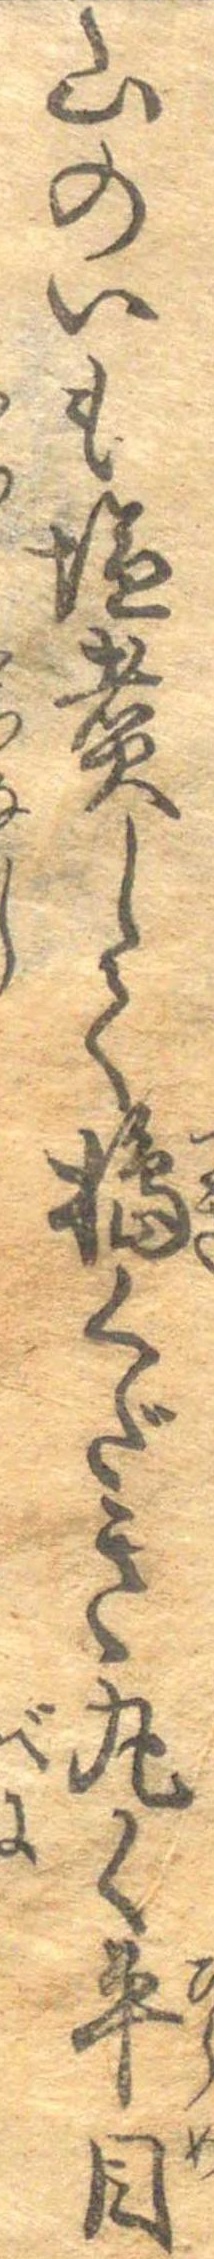
山のいも塩煮して搗くだき丸く平目